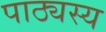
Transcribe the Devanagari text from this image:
पाठ्यस्य